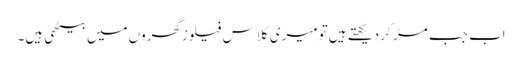
اب جب مڑ کر دیکھتے ہیں‌تو میری کلاس فیلوزگھروں‌میں‌بیٹھی ہیں۔